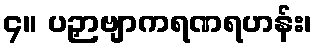
၄။ ပဉှာဗျာကရဏရဟန်း၊